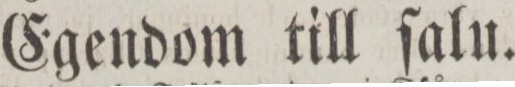
Egendom till ſalu.